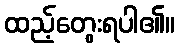
ထည့်တွေးရပါ၏။